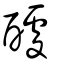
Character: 醵